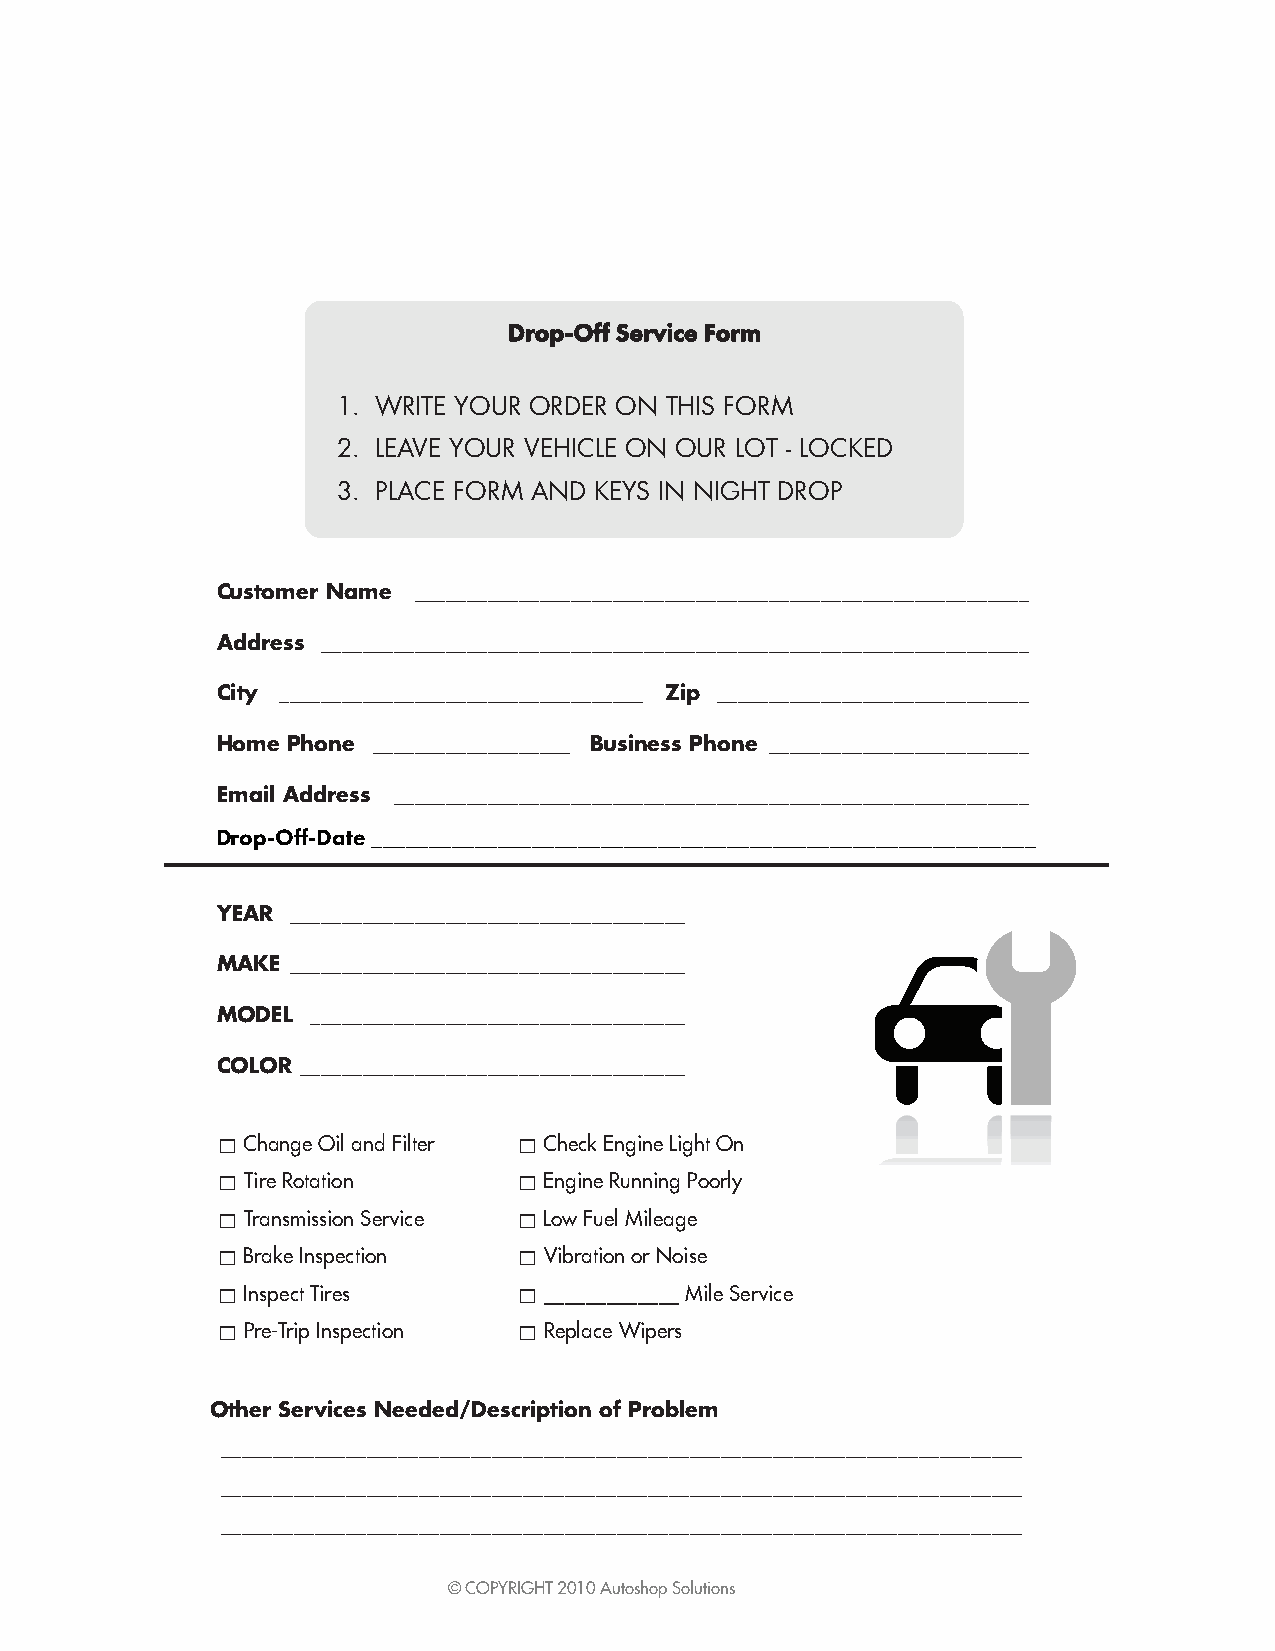
Drop-Off Service Form
 1. WRITE YOUR ORDER ON THIS FORM
 2. LEAVE YOUR VEHICLE ON OUR LOT � LOCKED
 3. PLACE FORM AND KEYS IN NIGHT DROP
 Customer Name ___________________________________________________________
 Address ____________________________________________________________________
 City ___________________________________ Zip ______________________________
 Home Phone ___________________ Business Phone _________________________
 Email Address _____________________________________________________________
 Drop-Off-Date __________________________________________________________
 YEAR ______________________________________
 MAKE ______________________________________
 MODEL  ____________________________________
 COLOR _____________________________________
  Change Oil and Filter  Check Engine Light On
  Tire Rotation      Engine Running Poorly
  Transmission Service  Low Fuel Mileage
  Brake Inspection   Vibration or Noise
  Inspect Tires      _____________ Mile Service
  Pre�Trip Inspection  Replace Wipers
 Other Services Needed/Description of Problem
 _____________________________________________________________________________
 _____________________________________________________________________________
 _____________________________________________________________________________
 © COPYRIGHT 2010 Autoshop Solutions